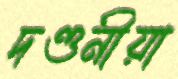
দণ্ডনীয়া